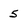
Character: 5